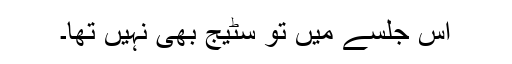
اس جلسے میں تو سٹیج بھی نہیں تھا۔